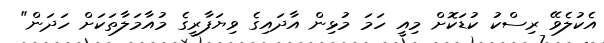
އެކުލެވޭ ރިސްކު ކުޑަކޮށް މިއީ ހަމަ މުޅިން އާދައިގެ ވިޔަފާރީގެ މުއާމަލާތަކަށް ހަދަން"